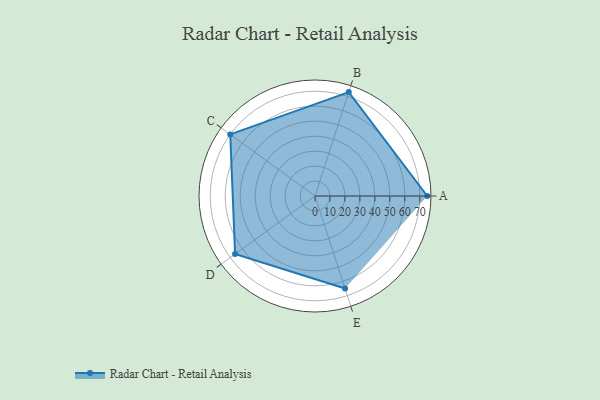
{"axis": {"x": "Skill", "y": "Score"}, "legend": ["Profile"], "data": [{"x": "A", "y": 75.0, "type": "Profile"}, {"x": "B", "y": 73.0, "type": "Profile"}, {"x": "C", "y": 70.0, "type": "Profile"}, {"x": "D", "y": 66.0, "type": "Profile"}, {"x": "E", "y": 65.0, "type": "Profile"}]}